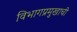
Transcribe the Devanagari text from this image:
विभागप्रमुखाची